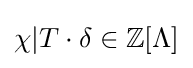
\chi |T\cdot \delta \in \mathbb {Z} [\Lambda ]